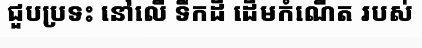
ជួបប្រទះ នៅលើ ទឹកដី ដើមកំណើត របស់